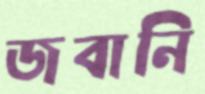
জবানি